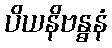
ပိယနိဗန္ဓနံ